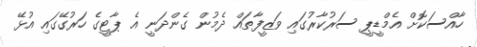
ހާއްސަކޮށް އެމްޑީޕީ ސަރުކާރުގައި ވަޒީފާތައް ދެމުން ގެންދަނީ އެ ޕާޓީގެ ހަރުގޭގައި އުޅޭ